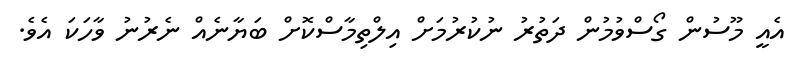
އެއީ މޫސުން ގޯސްވުމުން ދަތުރު ނުކުުރުމަށް އިލްތިމާސްކޮށް ބަޔާނެއް ނެރުނު ވާހަކަ އެވެ.